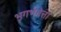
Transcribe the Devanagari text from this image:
भूगर्भवेत्ता